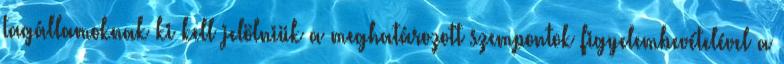
tagállamoknak ki kell jelölniük a meghatározott szempontok figyelembevételével a